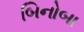
બિનોબા